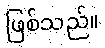
ဖြစ်သည်။